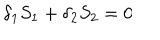
\delta _ { 1 } S _ { 1 } + \delta _ { 2 } S _ { 2 } = 0